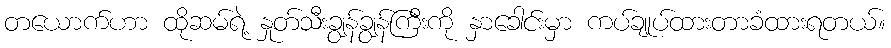
တယောက်ဟာ ထိုဆမ်ရဲ့ နှုတ်သီးချွန်ချွန်ကြီးကို နှာခေါင်းမှာ ကပ်ချုပ်ထားတာခံထားရတယ်။